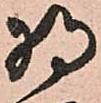
将